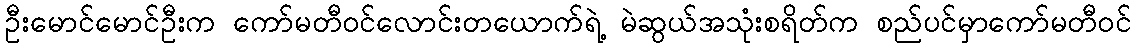
ဦးမောင်မောင်ဦးက ကော်မတီဝင်လောင်းတယောက်ရဲ့ မဲဆွယ်အသုံးစရိတ်က စည်ပင်မှာကော်မတီဝင်